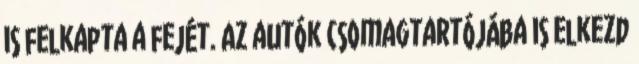
is felkapta a fejét. Az autók csomagtartójába is elkezd